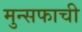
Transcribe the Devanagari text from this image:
मुन्सफाची